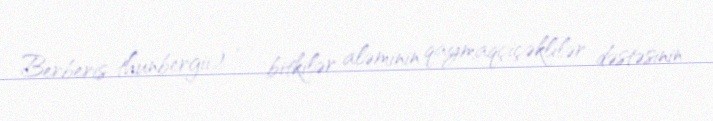
Berberis thunbergii) — bitkilər aləminin qaymaqçiçəklilər dəstəsinin